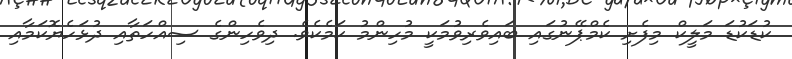
ކުޑަކުޑަ މަލީކް މިފެށި ކެމްޕޭނުގައި ބައިވެރިވުމަކީ މުހިންމު ކަމެކެވެ. ދިވެހިންގެ ސިއްހަތާއި ދުޅަހެޔޮކަމާއި